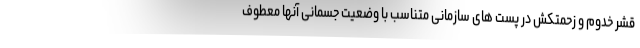
قشر خدوم و زحمتکش در پست های سازمانی متناسب با وضعیت جسمانی آنها معطوف